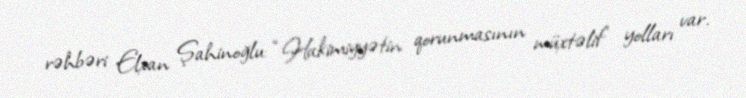
rəhbəri Elxan Şahinoğlu: “Hakimiyyətin qorunmasının müxtəlif yolları var.